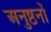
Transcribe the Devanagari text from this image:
अनुष्ठनों